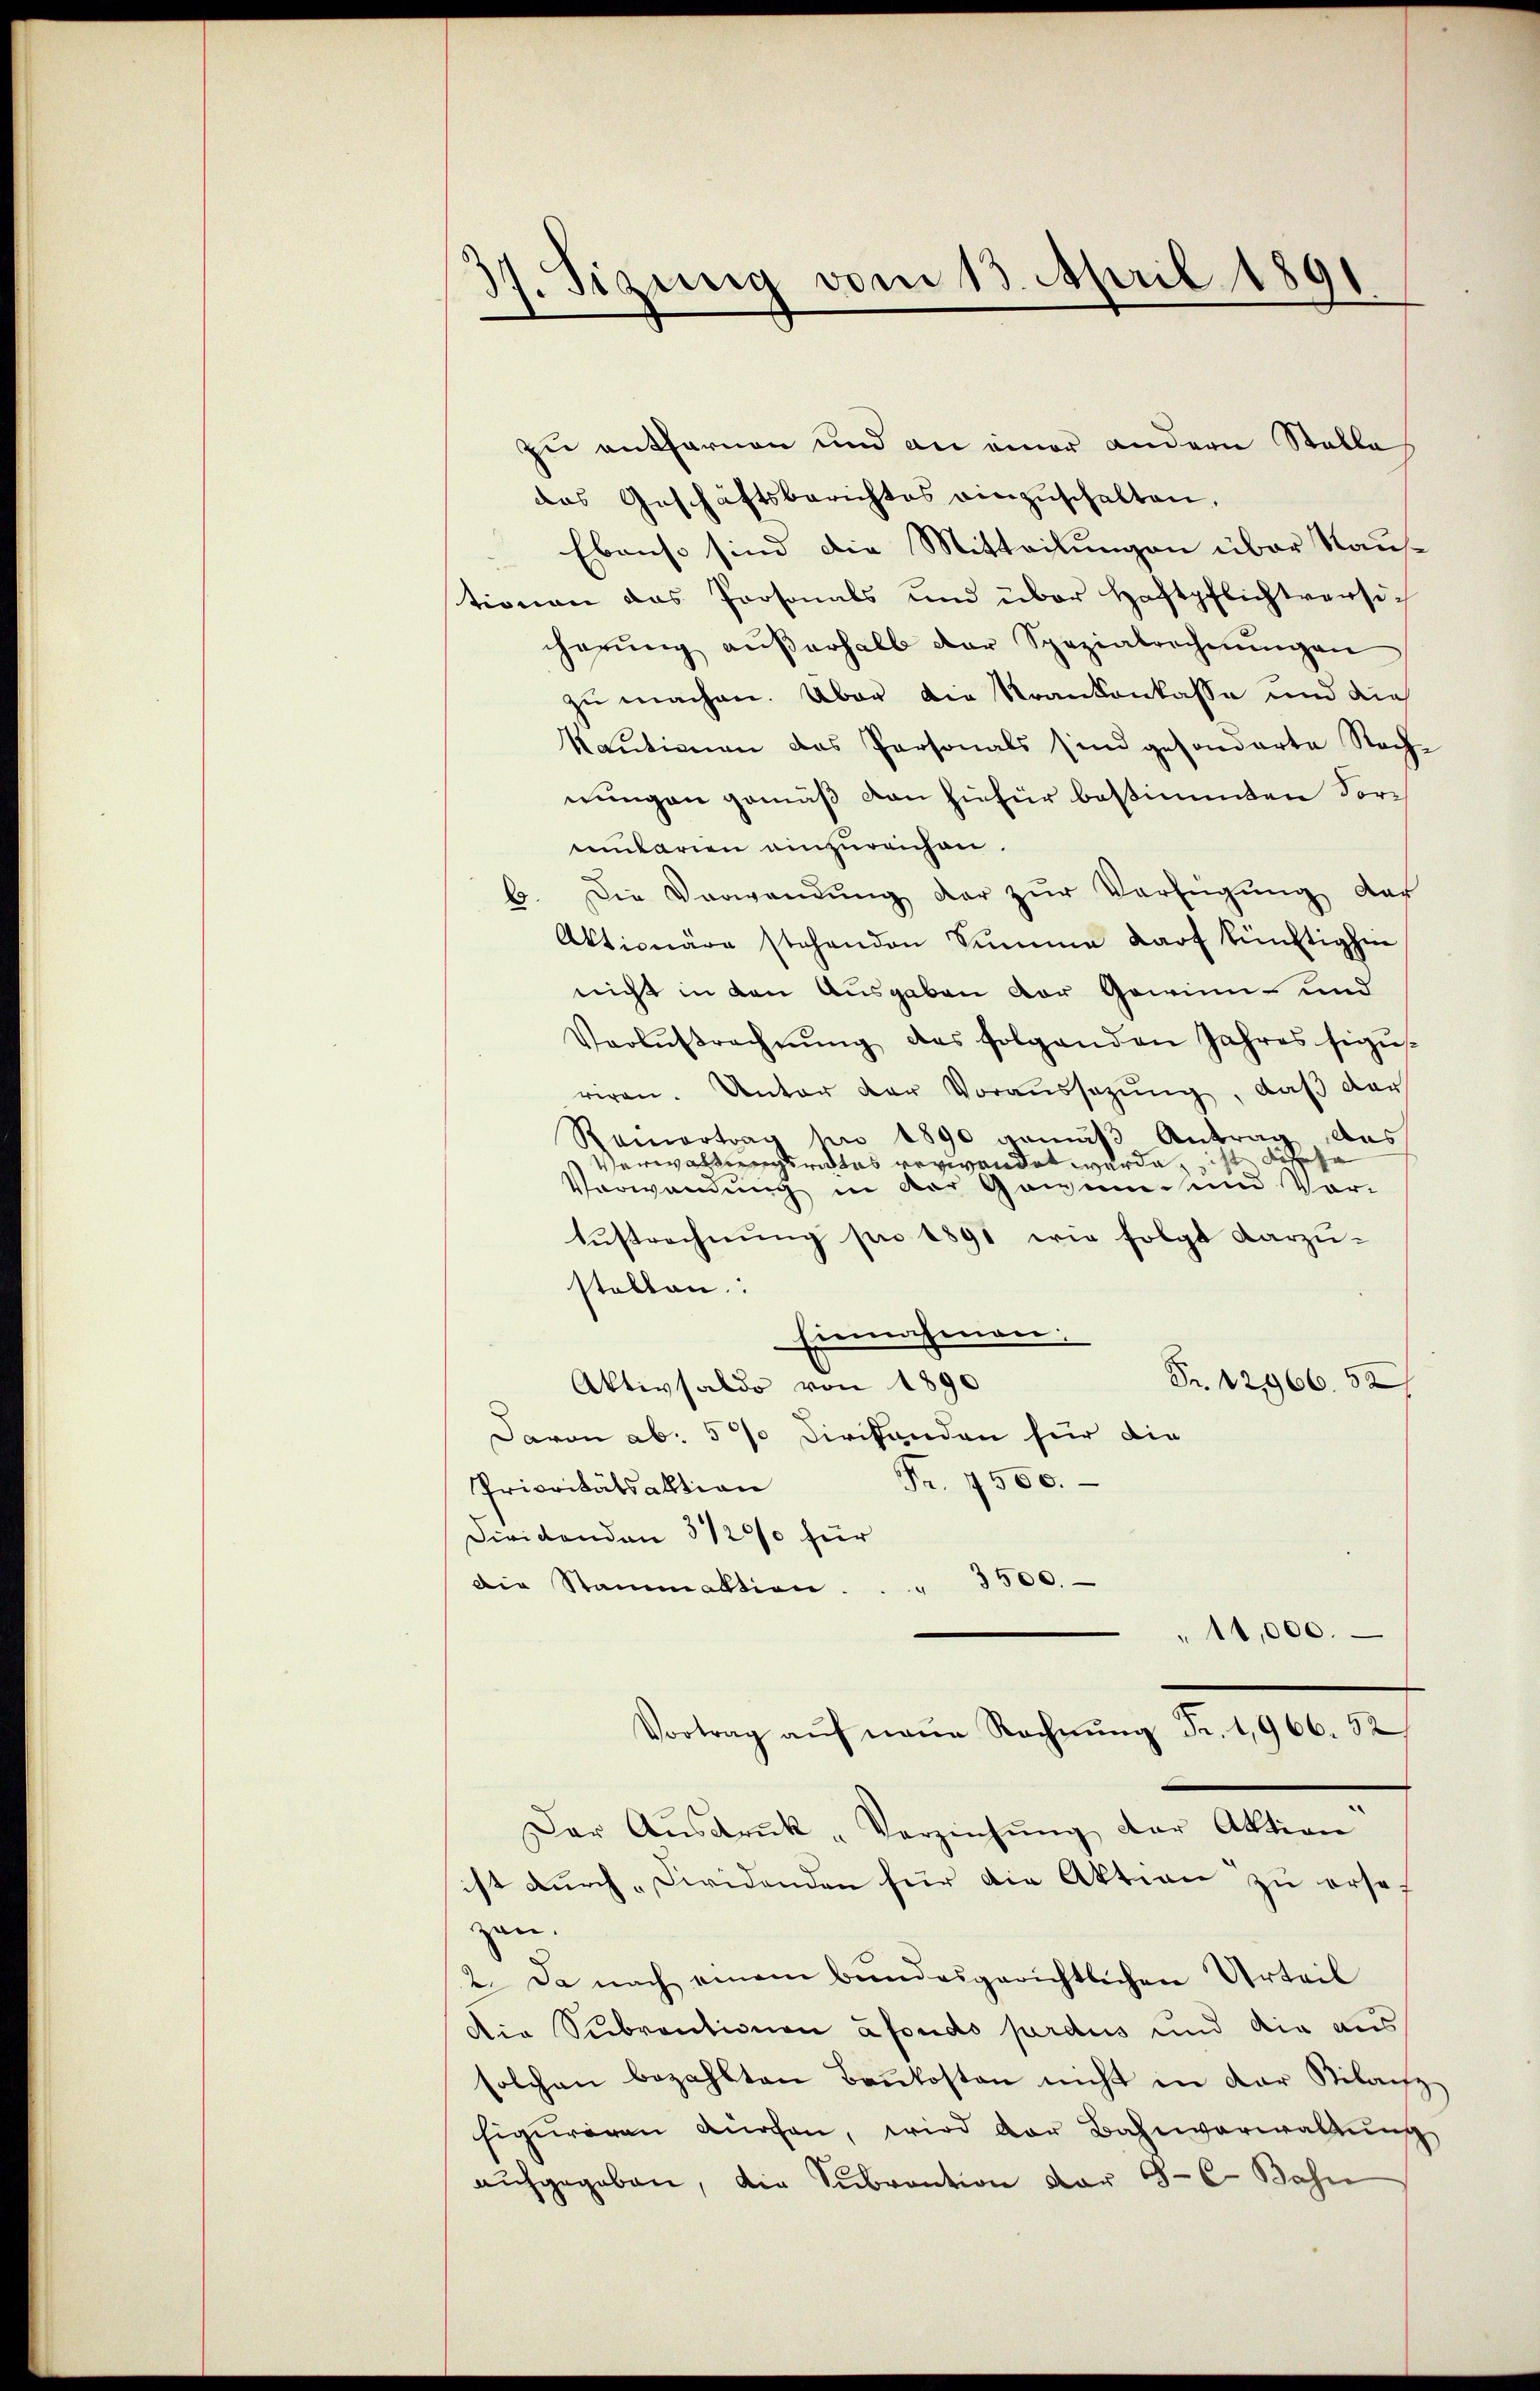
17. Sizung vom 13. April 1891

zu entfernen und an einer andern Stelle
das Geschäftsberichtes einzŭschalten.
Ebenso sind die Mitteilungen über Nau-
d
tionen das Personals und über Haftpflichtversicherŭng aŭβerhalb der Spezialrechnŭngen
zu machen. Über die Krankenkasse und die
Kautionen das Personals sind gesonderte Rech-
nungen gemäß von hiefür bestimmten Vormularien einzureichen.
b. Die Verwendung der zur Verfügung der
Aktionäre stehenden Summe darf künftighin
nicht in den Ausgaben der Gewinn- und
Verlŭsrechnŭng des folgenden Jahres sigŭs-
riren. Unter der Voraussetzŭng, daβ der
Ramortrag pro 1890 gemäβ Antrag das
Verwaltungsrates verwendet wurde ist
Verwendung in der Gewinn und Vor-
Austrechnung pro 1891 wie folgt darzustallen:
Einnahmen.
Fr. 12966. 52
Aktivsaldo von 1890
Davon ab. 5% Dir fanden für die
Fr. 7500.
Prioritätsaktion
Dividenden 31200 für
Die Stammaktion. . . 3500.
"11,000.
Vortrag aŭf neue Rechnŭng Fr. 1,966. 52
Der Aŭsdrŭk-Verziehŭng der Aktion
ist durch „Firidenden für die Aktion zu ersezen.
2. Da nach einem bundesgerichtlichen Urteil
Die Subventionen afondo purdus und die aussolchen bezahlten Baŭkosten nicht in der Bilanz-
figuriren angen, wird der Bahnverwaltung
aŭfgegeben, die Subvention vor 3 - 6. Bahn